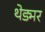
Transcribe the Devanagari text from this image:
थेड्मर